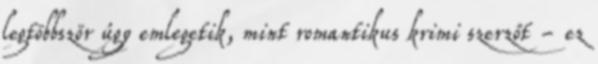
legtöbbször úgy emlegetik, mint romantikus krimi szerzőt - ez